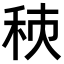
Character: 𥞗